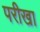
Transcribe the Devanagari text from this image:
परीखा